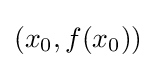
\left(x_{0},f(x_{0})\right)